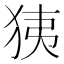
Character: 㹫